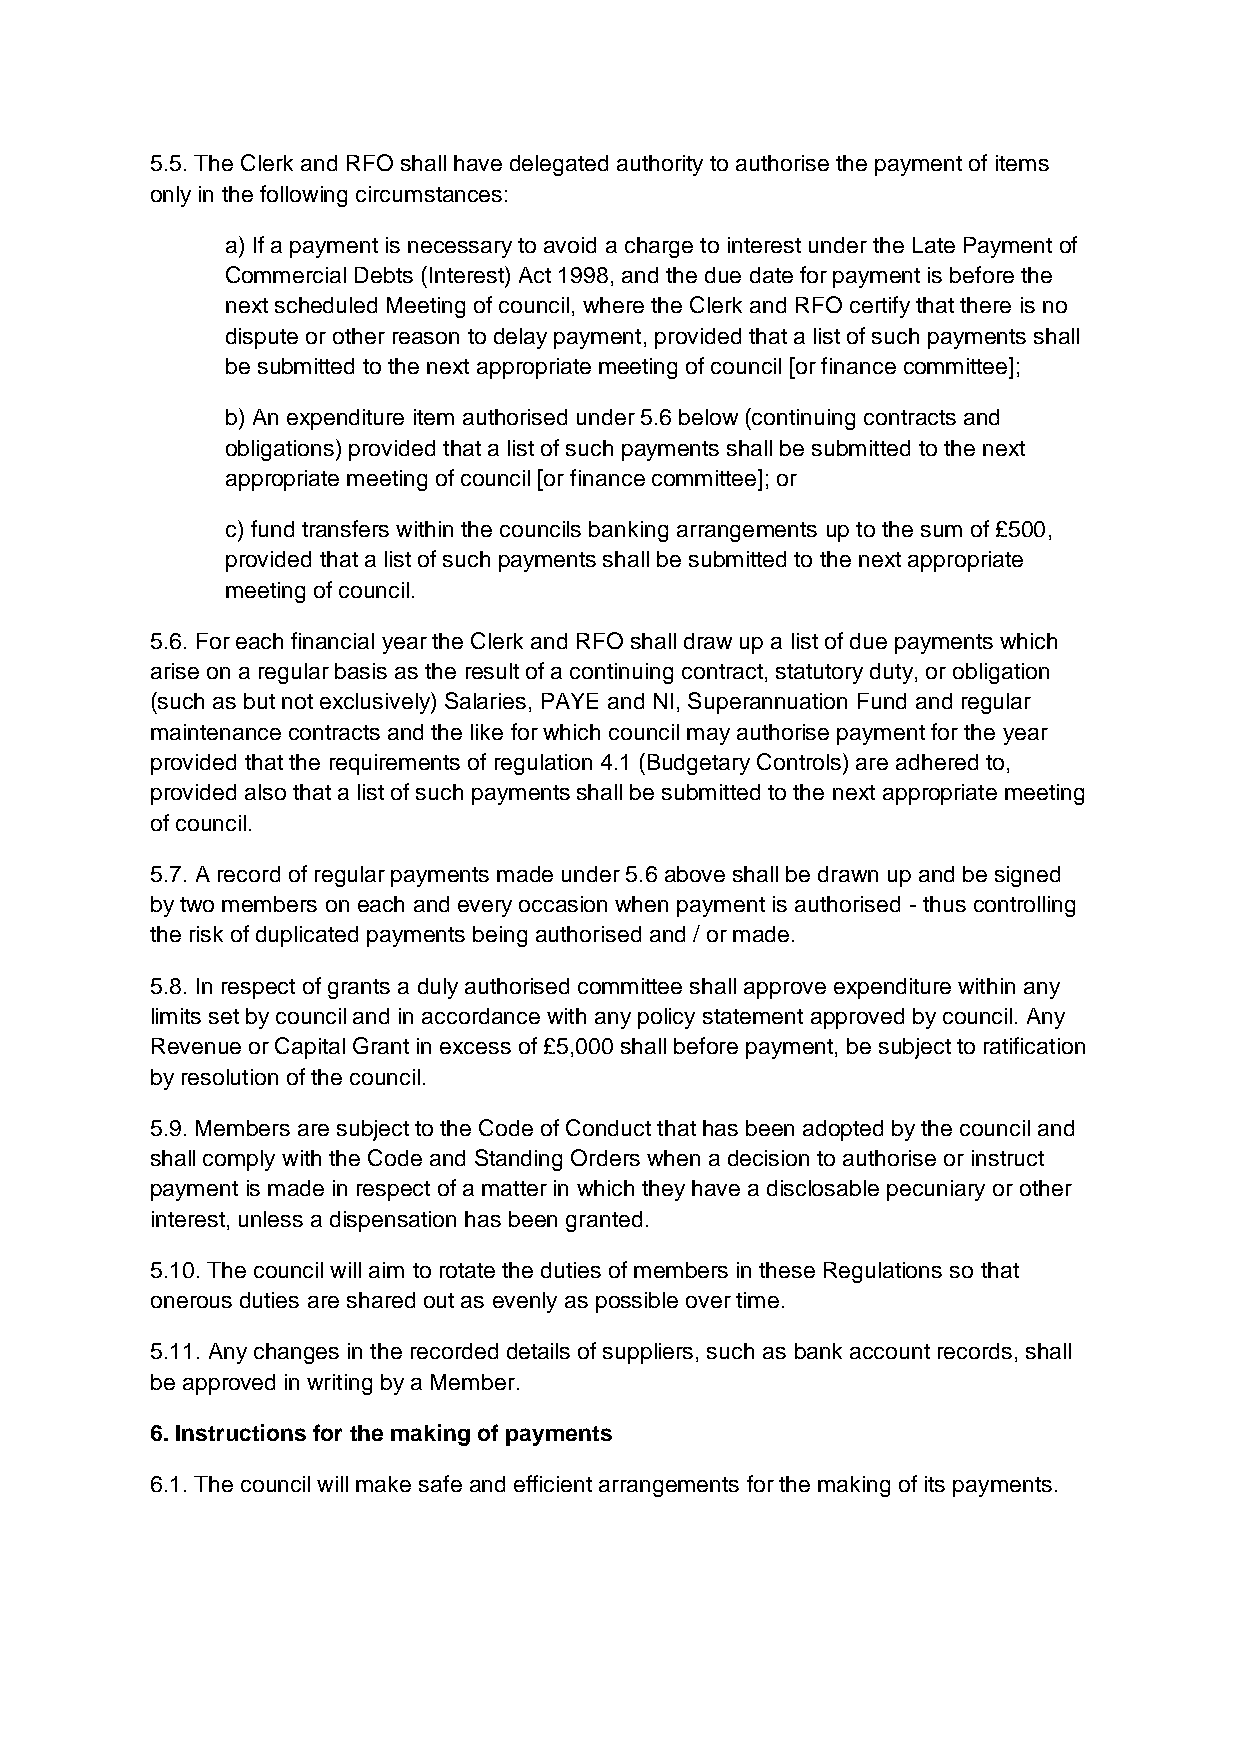
5.5. The Clerk and RFO shall have delegated authority to authorise the payment of items
 only in the following circumstances:
 a) If a payment is necessary to avoid a charge to interest under the Late Payment of
 Commercial Debts (Interest) Act 1998, and the due date for payment is before the
 next scheduled Meeting of council, where the Clerk and RFO certify that there is no
 dispute or other reason to delay payment, provided that a list of such payments shall
 be submitted to the next appropriate meeting of council [or finance committee];
 b) An expenditure item authorised under 5.6 below (continuing contracts and
 obligations) provided that a list of such payments shall be submitted to the next
 appropriate meeting of council [or finance committee]; or
 c) fund transfers within the councils banking arrangements up to the sum of £500,
 provided that a list of such payments shall be submitted to the next appropriate
 meeting of council.
 5.6. For each financial year the Clerk and RFO shall draw up a list of due payments which
 arise on a regular basis as the result of a continuing contract, statutory duty, or obligation
 (such as but not exclusively) Salaries, PAYE and NI, Superannuation Fund and regular
 maintenance contracts and the like for which council may authorise payment for the year
 provided that the requirements of regulation 4.1 (Budgetary Controls) are adhered to,
 provided also that a list of such payments shall be submitted to the next appropriate meeting
 of council.
 5.7. A record of regular payments made under 5.6 above shall be drawn up and be signed
 by two members on each and every occasion when payment is authorised - thus controlling
 the risk of duplicated payments being authorised and / or made.
 5.8. In respect of grants a duly authorised committee shall approve expenditure within any
 limits set by council and in accordance with any policy statement approved by council. Any
 Revenue or Capital Grant in excess of £5,000 shall before payment, be subject to ratification
 by resolution of the council.
 5.9. Members are subject to the Code of Conduct that has been adopted by the council and
 shall comply with the Code and Standing Orders when a decision to authorise or instruct
 payment is made in respect of a matter in which they have a disclosable pecuniary or other
 interest, unless a dispensation has been granted.
 5.10. The council will aim to rotate the duties of members in these Regulations so that
 onerous duties are shared out as evenly as possible over time.
 5.11. Any changes in the recorded details of suppliers, such as bank account records, shall
 be approved in writing by a Member.
 6. Instructions for the making of payments
 6.1. The council will make safe and efficient arrangements for the making of its payments.